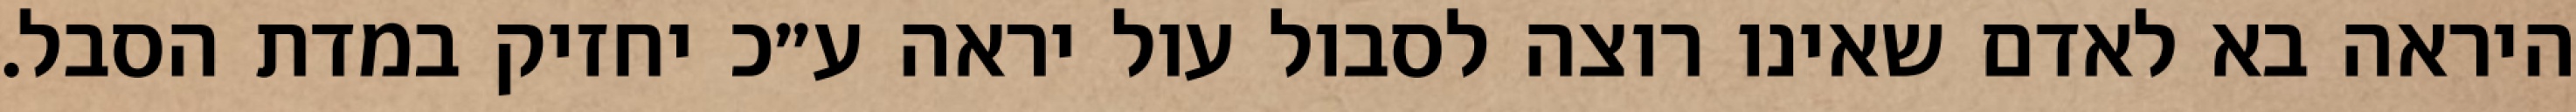
היראה בא לאדם שאינו רוצה לסבול עול יראה ע״כ יחזיק במדת הסבל.